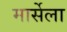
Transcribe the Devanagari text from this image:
मार्सेला